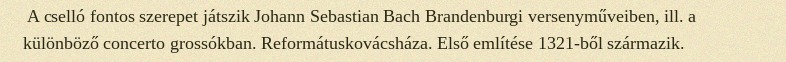
A cselló fontos szerepet játszik Johann Sebastian Bach Brandenburgi versenyműveiben, ill. a különböző concerto grossókban. Reformátuskovácsháza. Első említése 1321-ből származik.